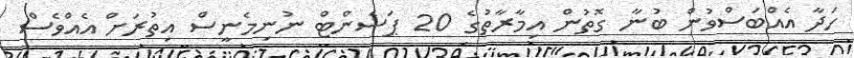
ހަދާ އެއްބަސްވުން ބުނާ ގޮތުން އިމާރާތުގެ 20 ޕަސެންޓް ނުނިމެނީސް އިތުރަށް އެއްވެސް